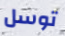
توسل